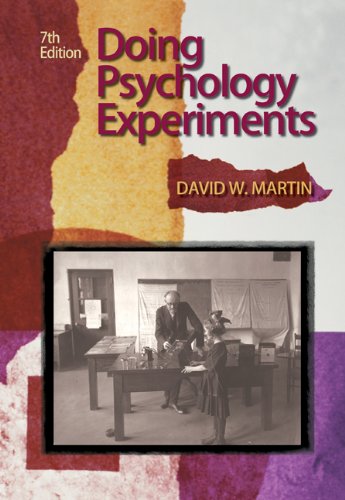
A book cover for Doing Psychology Experiments, 7th Edition; David W. Martin; Health, Fitness & Dieting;